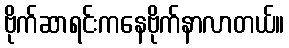
ဗိုက်ဆာရင်းကနေဗိုက်နာလာတယ်။